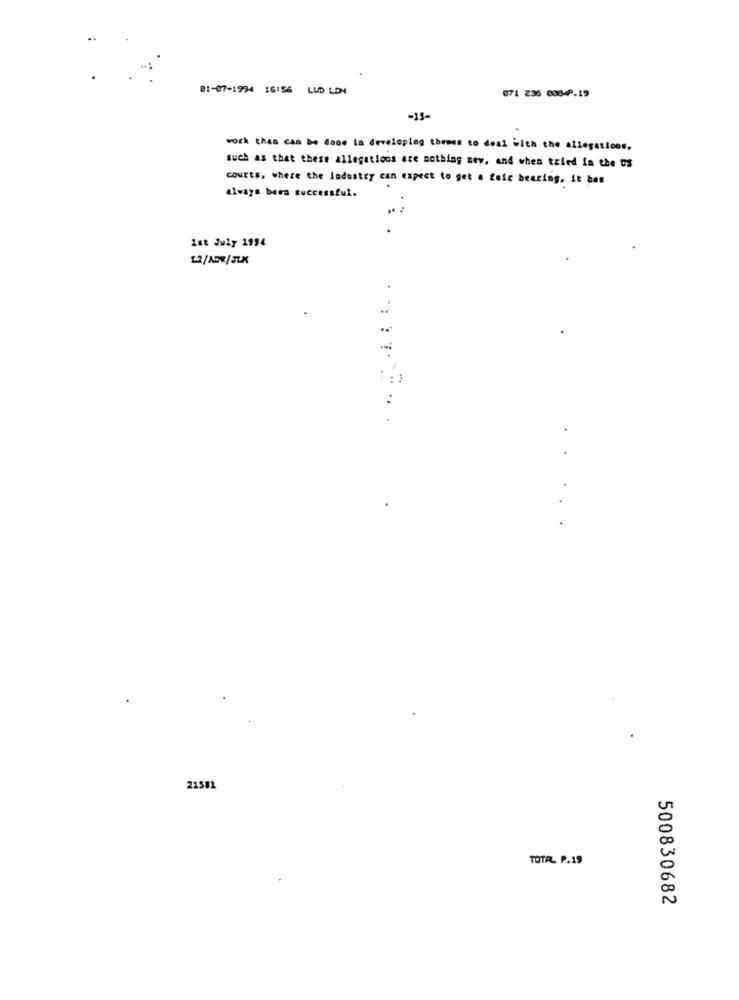
01-07-1994 16:56 LLD LDN
071 236 0084.19
-15-
work then can be done in developing themes to deal with the allegations.
such as that these allegations are nothing sev. and when tried la the US
couEtS, where the Industry can expect to get a fair bearing. it bes
always been successful.
Ist July 1994
1/27/5LX
......... .
..
...
21581
TOTAL. P.19
500830682